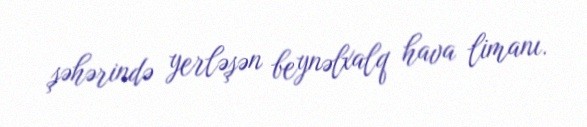
şəhərində yerləşən beynəlxalq hava limanı.